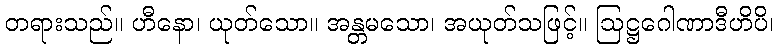
တရားသည်။ ဟီနော၊ ယုတ်သော။ အန္တမသော၊ အယုတ်သဖြင့်။ ဩဋ္ဌဂေါဏာဒီဟိပိ၊